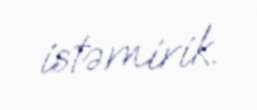
istəmirik.